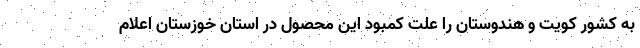
به کشور کویت و هندوستان را علت کمبود این محصول در استان خوزستان اعلام